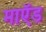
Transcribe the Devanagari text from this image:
माऍड